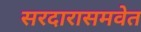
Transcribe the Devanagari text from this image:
सरदारासमवेत